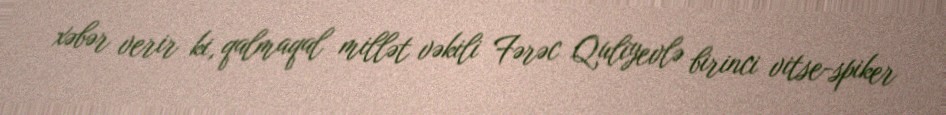
xəbər verir ki, qalmaqal millət vəkili Fərəc Quliyevlə birinci vitse-spiker